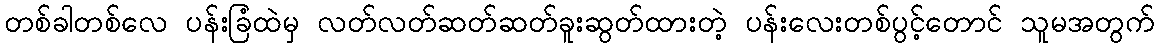
တစ်ခါတစ်လေ ပန်းခြံထဲမှ လတ်လတ်ဆတ်ဆတ်ခူးဆွတ်ထားတဲ့ ပန်းလေးတစ်ပွင့်တောင် သူမအတွက်